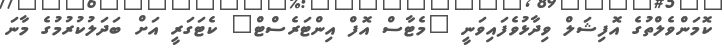
ކޮމަންވެލްތުގެ އޮފިޝަލް ވިދާޅުވެފައިވަނީ "މެޓާސް އޮފް އިންޓަރެސްޓް" ކެޓަގަރީ އަށް ބަދަލުކުރުމުގެ މާނަ